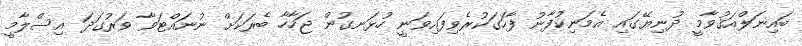
ބައިނަލްއަޤުވާމީ ދުނިޔޭގައި އެމަނިކުފާނު ފާހަގަކުރެވިފައިވަނީ ހުޅަނގުން ޖަހާހާ ބެރަކަށް ނުނައްޓަވާ ވަރުގަދަ އިސްލާމީ